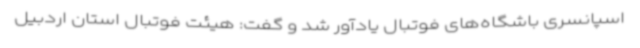
اسپانسری باشگاه‌های فوتبال یادآور شد و گفت: هیئت فوتبال استان اردبیل